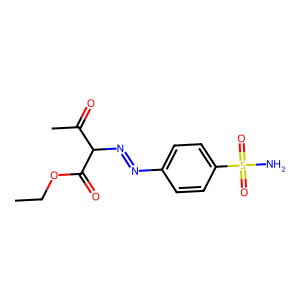
SMILES: CCOC(=O)C(N=Nc1ccc(S(N)(=O)=O)cc1)C(C)=O
Inhibits HIV replication: No